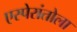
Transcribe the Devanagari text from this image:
एस्पेरांतोला